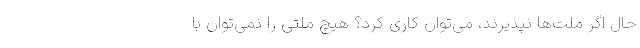
حال اگر ملت‌ها نپذیرند، می‌توان کاری کرد؟ هیچ ملتی را نمی‌توان با